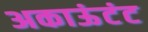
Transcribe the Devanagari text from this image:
अकाऊंटंट